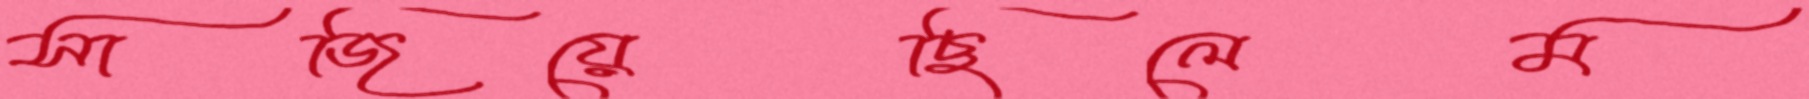
সাজিয়েছিলেম